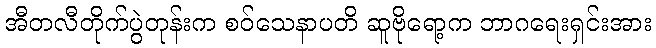
အီတလီတိုက်ပွဲတုန်းက စဝ်သေနာပတိ ဆူဗိုရော့က ဘာဂရေးရှင်းအား